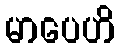
မာပေဟိ